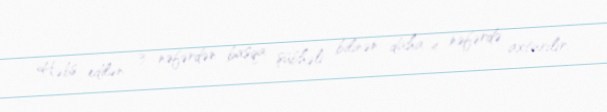
Həbs edilən 3 nəfərdən başqa şübhəli bilinən daha 4 nəfərdə axtarılır.